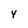
Character: 4